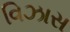
વિઝાસ